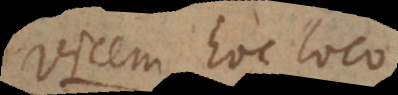
Vicem hoc loco